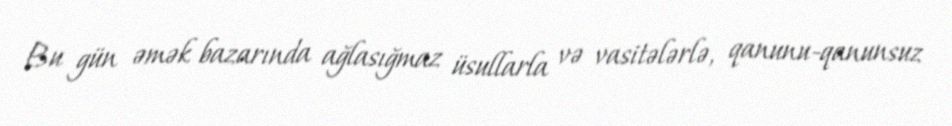
Bu gün əmək bazarında ağlasığmaz üsullarla və vasitələrlə, qanunu-qanunsuz